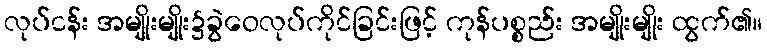
လုပ်ငန်း အမျိုးမျိုး၌ခွဲဝေလုပ်ကိုင်ခြင်းဖြင့် ကုန်ပစ္စည်း အမျိုးမျိုး ထွက်၏။